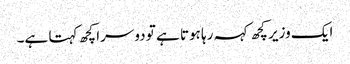
ایک وزیر کچھ کہہ رہا ہوتا ہے تو دوسرا کچھ کہتا ہے۔